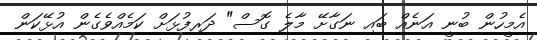
އެމީހުން ބުނީ އަނެއް ބައި ނަގާށޭ މާލެ ގޮސް" ދަރިފުޅަށް ކަމެއްވެގެން އުޅޭކަން